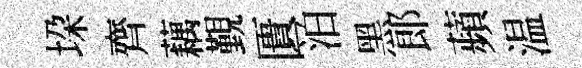
垜齊藕覲匱泊黑郎蘋温